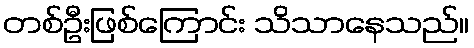
တစ်ဦးဖြစ်ကြောင်း သိသာနေသည်။